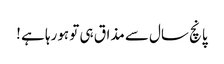
پانچ سال سے مذاق ہی تو ہورہا ہے !